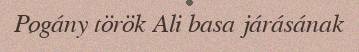
Pogány török Ali basa járásának